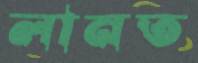
লানত